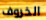
الخروف